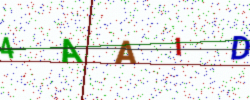
Text: 4AAID